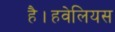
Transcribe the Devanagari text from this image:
है।हवेलियस